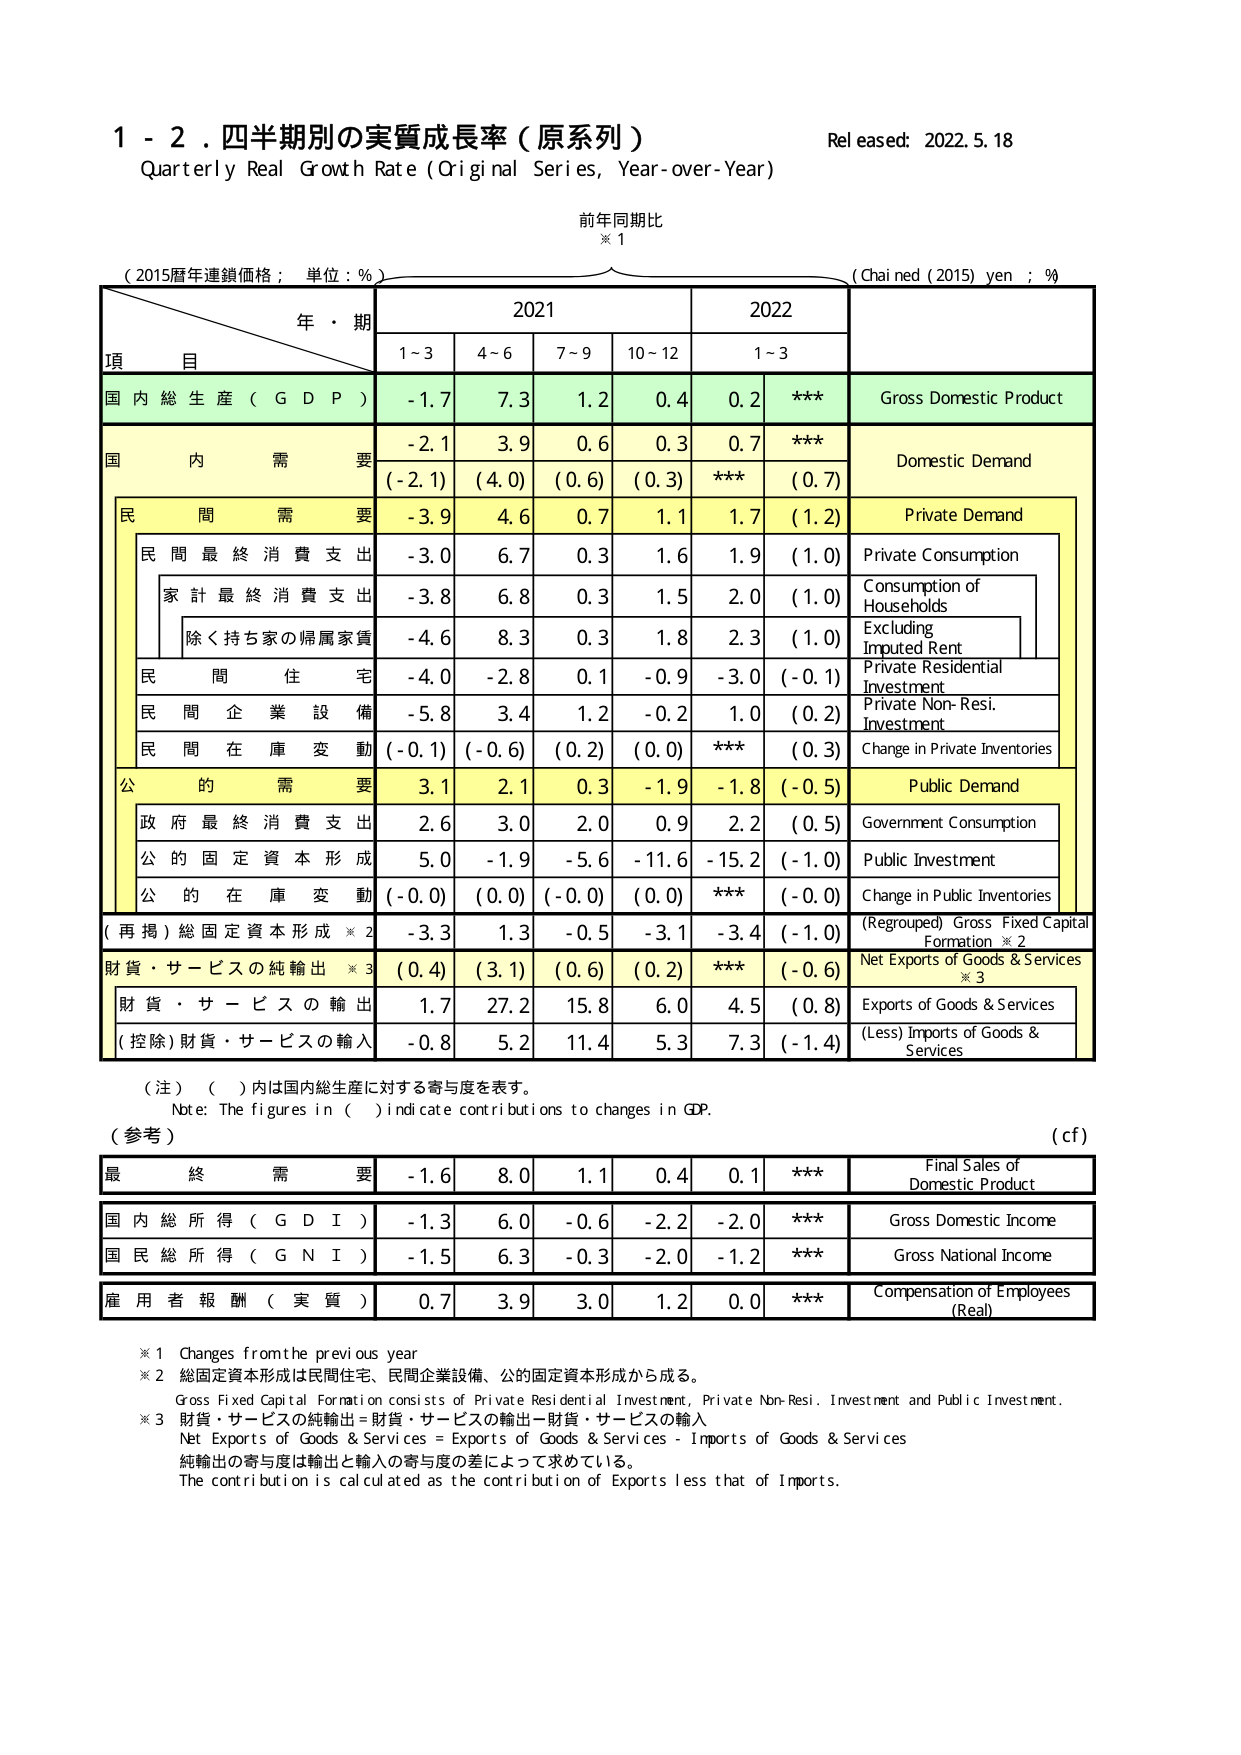
1 - 2. 四半期別の実質成長率（原系列）
Quarterly Real Growth Rate (Original Series, Year-over-Year)
Released: 2022.5.18
前年同期比
※1
（2015暦年連鎖価格；単位：%）
(Chained (2015) yen ; %)
年・期
2021
2022
項 目
1~3
4~6
7~9
10~12
1~3
国内総生産（GDP）
-1.7
7.3
1.2
0.4
0.2
***
Gross Domestic Product
国内需要
-2.1
3.9
0.6
0.3
0.7
***
Domestic Demand
(-2.1)
(4.0)
(0.6)
(0.3)
***
(0.7)
民間需要
-3.9
4.6
0.7
1.1
1.7
(1.2)
Private Demand
民間最終消費支出
-3.0
6.7
0.3
1.6
1.9
(1.0)
Private Consumption
家計最終消費支出
-3.8
6.8
0.3
1.5
2.0
(1.0)
Consumption of Households
除く持ち家の帰属家賃
-4.6
8.3
0.3
1.8
2.3
(1.0)
Excluding Imputed Rent
民間住宅
-4.0
-2.8
0.1
-0.9
-3.0
(-0.1)
Private Residential Investment
民間企業設備
-5.8
3.4
1.2
-0.2
1.0
(0.2)
Private Non-Resi. Investment
民間在庫変動
(-0.1)
(-0.6)
(0.2)
(0.0)
***
(0.3)
Change in Private Inventories
公的需要
3.1
2.1
0.3
-1.9
-1.8
(-0.5)
Public Demand
政府最終消費支出
2.6
3.0
2.0
0.9
2.2
(0.5)
Government Consumption
公的固定資本形成
5.0
-1.9
-5.6
-11.6
-15.2
(-1.0)
Public Investment
公的在庫変動
(-0.0)
(0.0)
(-0.0)
(0.0)
***
(-0.0)
Change in Public Inventories
(再掲)総固定資本形成※2
-3.3
1.3
-0.5
-3.1
-3.4
(-1.0)
(Regrouped) Gross Fixed Capital Formation ※2
財貨・サービスの純輸出※3
(0.4)
(3.1)
(0.6)
(0.2)
***
(-0.6)
Net Exports of Goods & Services ※3
財貨・サービスの輸出
1.7
27.2
15.8
6.0
4.5
(0.8)
Exports of Goods & Services
(控除)財貨・サービスの輸入
-0.8
5.2
11.4
5.3
7.3
(-1.4)
(Less) Imports of Goods & Services
（注）（ ）内は国内総生産に対する寄与度を表す。
Note: The figures in ( ) indicate contributions to changes in GDP.
（参考）
(cf)
最終需要
-1.6
8.0
1.1
0.4
0.1
***
Final Sales of Domestic Product
国内総所得（GDI）
-1.3
6.0
-0.6
-2.2
-2.0
***
Gross Domestic Income
国民総所得（GNI）
-1.5
6.3
-0.3
-2.0
-1.2
***
Gross National Income
雇用者報酬（実質）
0.7
3.9
3.0
1.2
0.0
***
Compensation of Employees (Real)
※1 Changes from the previous year
※2 総固定資本形成は民間住宅、民間企業設備、公的固定資本形成から成る。
Gross Fixed Capital Formation consists of Private Residential Investment, Private Non-Resi. Investment and Public Investment.
※3 財貨・サービスの純輸出＝財貨・サービスの輸出－財貨・サービスの輸入
Net Exports of Goods & Services = Exports of Goods & Services - Imports of Goods & Services
純輸出の寄与度は輸出と輸入の寄与度の差によって求めている。
The contribution is calculated as the contribution of Exports less that of Imports.